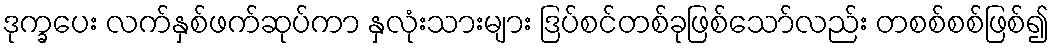
ဒုက္ခပေး လက်နှစ်ဖက်ဆုပ်ကာ နှလုံးသားများ ဒြပ်စင်တစ်ခုဖြစ်သော်လည်း တစစ်စစ်ဖြစ်၍